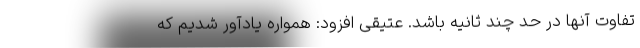
تفاوت آنها در حد چند ثانیه باشد. عتیقی افزود: همواره یادآور شدیم که